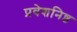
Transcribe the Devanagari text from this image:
प्रवेशनिष्ठ